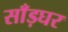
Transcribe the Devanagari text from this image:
साँड़घर